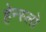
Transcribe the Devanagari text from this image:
हेन्स्लो